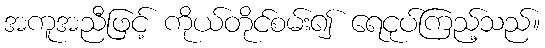
အကူအညီဖြင့် ကိုယ်တိုင်စမ်း၍ ရေငုပ်ကြည့်သည်။